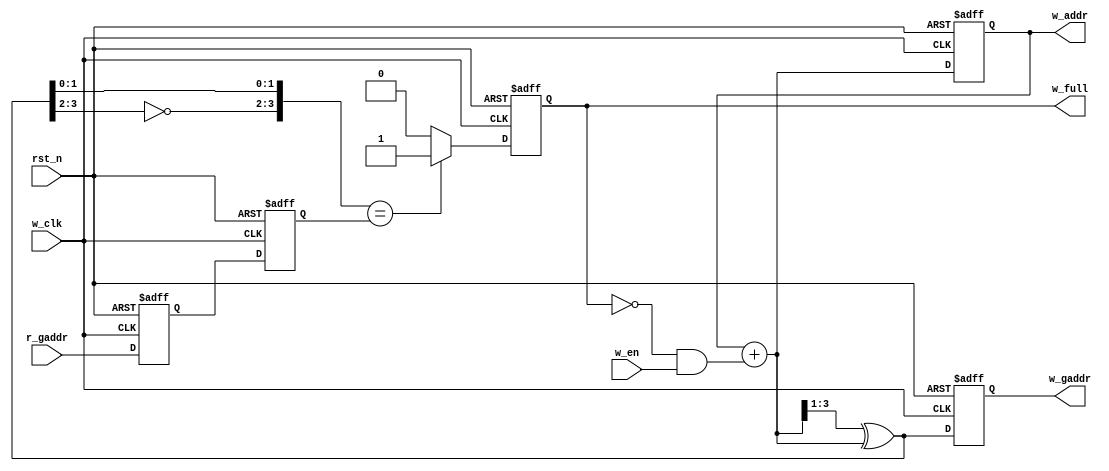
module w_ctrl(
    input  wire         w_clk,  //
    input  wire         rst_n,  //
    input  wire         w_en,   //
    input  wire [3:0]   r_gaddr,//
    output reg          w_full, //
    output wire [3:0]   w_addr, //256FIFO
    output wire [3:0]   w_gaddr //FIFO
);

reg     [3:0]   addr;
reg     [3:0]   gaddr;
wire    [3:0]   addr_wire;
wire    [3:0]   gaddr_wire;
reg     [3:0]   r_gaddr_d1,r_gaddr_d2;
//
always @(posedge w_clk or negedge rst_n)
    if(rst_n == 1'b0)
        {r_gaddr_d2,r_gaddr_d1} <= 8'b0;
    else
        {r_gaddr_d2,r_gaddr_d1} <= {r_gaddr_d1,r_gaddr};
assign w_gaddr = gaddr;
//ram()
assign w_addr = addr;
always @(posedge w_clk or negedge rst_n)
    if(rst_n == 1'b0)
        addr <= 4'b0;
    else
        addr <= addr_wire;
        
assign addr_wire = addr + ((~w_full)&w_en);
//
assign gaddr_wire = (addr_wire>>1)^addr_wire;
always @(posedge w_clk or negedge rst_n)
    if(rst_n == 1'b0)
        gaddr <= 4'b0;
    else
        gaddr <= gaddr_wire;
assign w_gaddr = gaddr;
//        
always @(posedge w_clk or negedge rst_n)
    if(rst_n == 1'b0)
        w_full <= 1'b0;
    else if({~gaddr_wire[3:2],gaddr_wire[1:0]}==r_gaddr_d2)//
    // else if({~gaddr_wire[3:2],gaddr_wire[1:0]}==r_gaddr)//
        w_full <= 1'b1;
    else
        w_full <= 1'b0;
        
endmodule